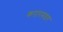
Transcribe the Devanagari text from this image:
करारमदार